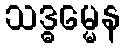
သဒ္ဓမ္မေန